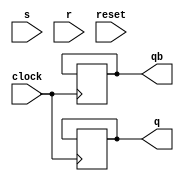
`timescale 1ns / 1ps
//////////////////////////////////////////////////////////////////////////////////
// Company: 
// Engineer: 
// 
// Design Name: 
// Module Name: SR_FF
// Project Name: 
// Target Devices: 
// Tool Versions: 
// Description: 
// 
// Dependencies: 
// 
// Revision:
// Revision 0.01 - File Created
// Additional Comments:
// 
//////////////////////////////////////////////////////////////////////////////////
module SR_FF(q, qb,s,r,clock,reset);
    input s,r,clock,reset;
    output reg q, qb;
always @ (posedge (clock))
    begin 
        if (!reset)
            begin
               q <= q;
               qb <=qb;
            end   
else
            begin
                  //Write the logic for SR Flip Fliop using if-else construct
           
           
           
           
           
           
           
           
           
           
           
           
           
           
           
           
            end
end  
endmodule